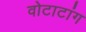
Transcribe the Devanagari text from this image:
वोटाटांग